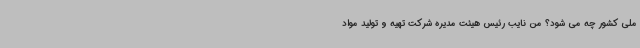
ملی کشور چه می شود؟ من نایب رئیس هیئت مدیره شرکت تهیه و تولید مواد